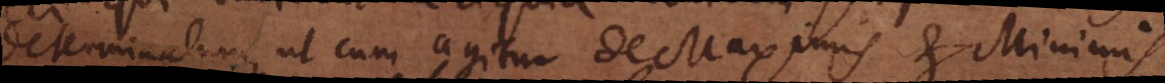
determinatum, ut cum agitur de Maximis et Minimis.